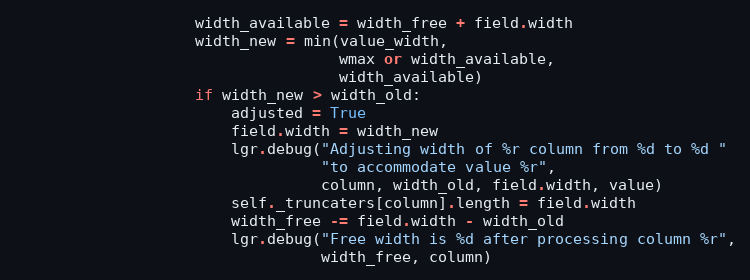
Language: Python
                    width_available = width_free + field.width
                    width_new = min(value_width,
                                    wmax or width_available,
                                    width_available)
                    if width_new > width_old:
                        adjusted = True
                        field.width = width_new
                        lgr.debug("Adjusting width of %r column from %d to %d "
                                  "to accommodate value %r",
                                  column, width_old, field.width, value)
                        self._truncaters[column].length = field.width
                        width_free -= field.width - width_old
                        lgr.debug("Free width is %d after processing column %r",
                                  width_free, column)